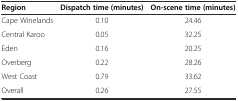
| Region | Dispatch time (minutes) | On-scene time (minutes) |
 | --- | --- | --- |
 | Cape Winelands | 0.10 | 24.46 |
 | Central Karoo | 0.05 | 32.25 |
 | Eden | 0.16 | 20.25 |
 | Overberg | 0.22 | 28.26 |
 | West Coast | 0.79 | 33.62 |
 | Overall | 0.26 | 27.55 |